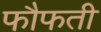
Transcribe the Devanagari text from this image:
फौफती